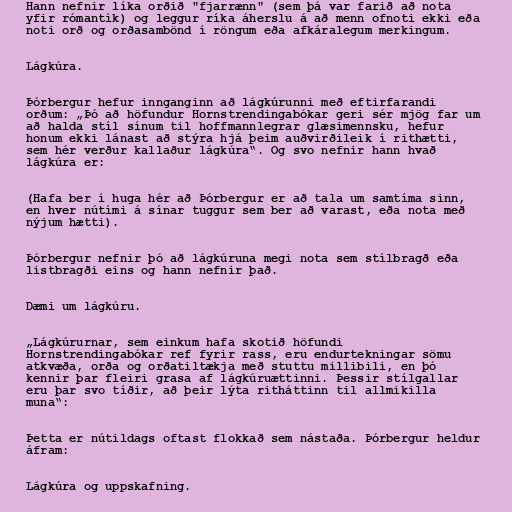
Hann nefnir líka orðið "fjarrænn" (sem þá var farið að nota
yfir rómantík) og leggur ríka áherslu á að menn ofnoti ekki eða
noti orð og orðasambönd í röngum eða afkáralegum merkingum.

Lágkúra.

Þórbergur hefur innganginn að lágkúrunni með eftirfarandi
orðum: „Þó að höfundur Hornstrendingabókar geri sér mjög far um
að halda stíl sínum til hoffmannlegrar glæsimennsku, hefur
honum ekki lánast að stýra hjá þeim auðvirðileik í rithætti,
sem hér verður kallaður lágkúra“. Og svo nefnir hann hvað
lágkúra er:

(Hafa ber í huga hér að Þórbergur er að tala um samtíma sinn,
en hver nútími á sínar tuggur sem ber að varast, eða nota með
nýjum hætti).

Þórbergur nefnir þó að lágkúruna megi nota sem stílbragð eða
listbragði eins og hann nefnir það.

Dæmi um lágkúru.

„Lágkúrurnar, sem einkum hafa skotið höfundi
Hornstrendingabókar ref fyrir rass, eru endurtekningar sömu
atkvæða, orða og orðatiltækja með stuttu millibili, en þó
kennir þar fleiri grasa af lágkúruættinni. Þessir stílgallar
eru þar svo tíðir, að þeir lýta ritháttinn til allmikilla
muna“:

Þetta er nútildags oftast flokkað sem nástaða. Þórbergur heldur
áfram:

Lágkúra og uppskafning.